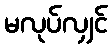
မလုပ်လျှင်